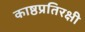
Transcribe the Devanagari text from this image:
काष्ठप्रतिरक्षी